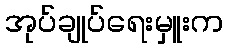
အုပ်ချုပ်ရေးမှူးက